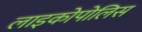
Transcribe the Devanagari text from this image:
लाइकोपोलिस